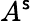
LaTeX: A^{\mathsf{s}}